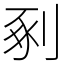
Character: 剢